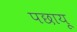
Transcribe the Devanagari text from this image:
पछायू